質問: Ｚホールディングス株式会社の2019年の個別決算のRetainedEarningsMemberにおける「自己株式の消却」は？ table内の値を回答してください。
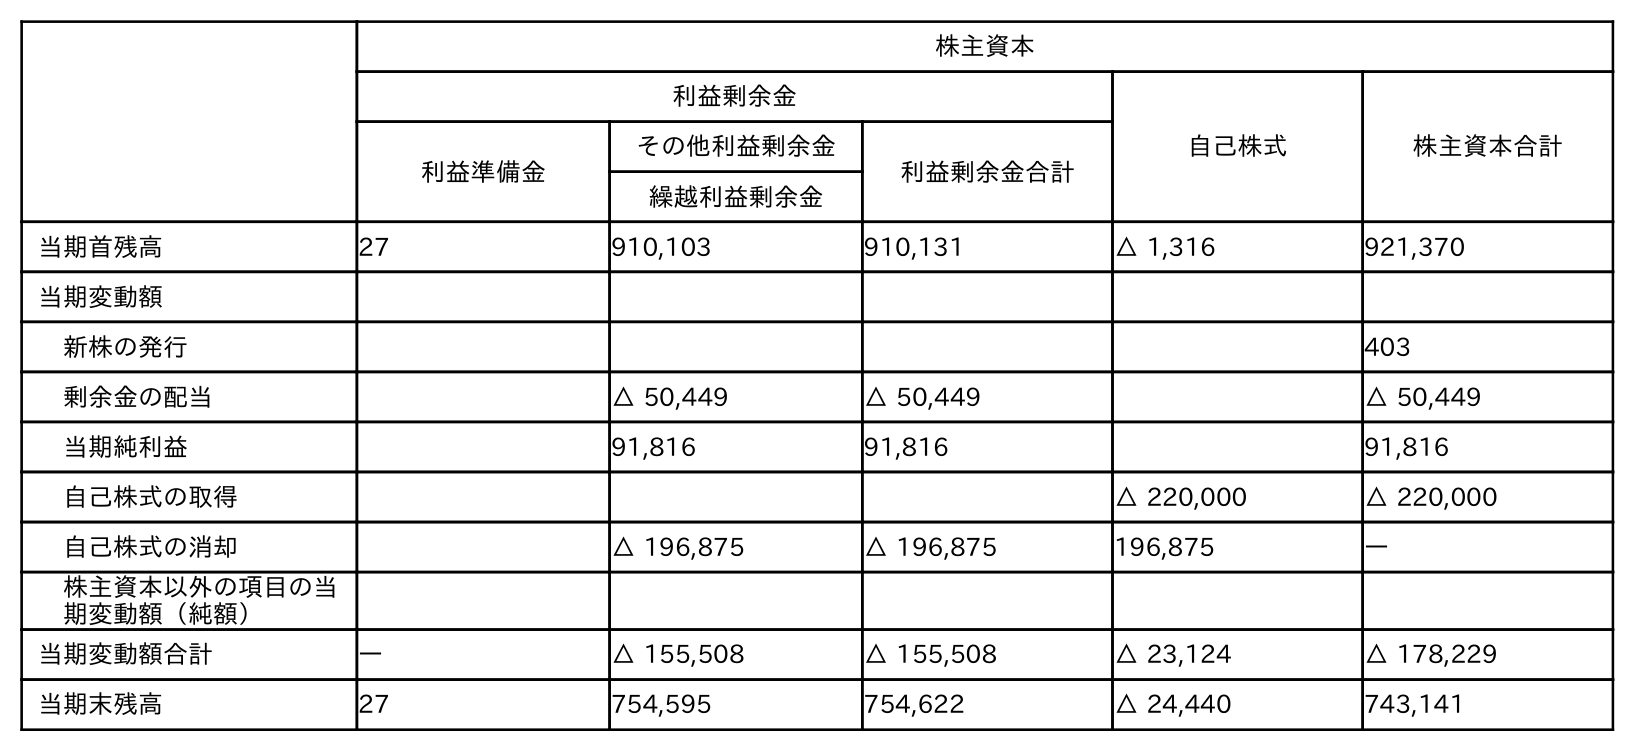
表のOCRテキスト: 株主資本 利益剰余金 自己株式 株主資本合計 利益準備金 その他利益剰余金 利益剰余金合計 繰越利益剰余金 当期首残高 27 910,103 910,131 △ 1,316 921,370 当期変動額 新株の発行 403 剰余金の配当 △ 50,449 △ 50,449 △ 50,449 当期純利益 91,816 91,816 91,816 自己株式の取得 △ 220,000 △ 220,000 自己株式の消却 △ 196,875 △ 196,875 196,875 ― 株主資本以外の項目の当 期変動額（純額） 当期変動額合計 ― △ 155,508 △ 155,508 △ 23,124 △ 178,229 当期末残高 27 754,595 754,622 △ 24,440 743,141
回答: △196,875